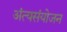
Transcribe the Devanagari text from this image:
अंत्यसंयोजन